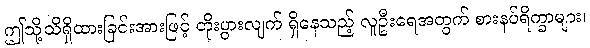
ဤသို့သိရှိထားခြင်းအားဖြင့် တိုးပွားလျက် ရှိနေသည့် လူဦးရေအတွက် စားနပ်ရိက္ခာများ၊